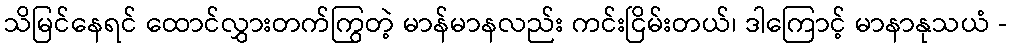
သိမြင်နေရင် ထောင်လွှားတက်ကြွတဲ့ မာန်မာနလည်း ကင်းငြိမ်းတယ်၊ ဒါကြောင့် မာနာနုသယံ -